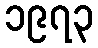
၁၉၇၃